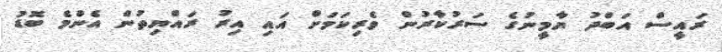
ރައީސް އަބްދު ޔާމީނުގެ ސަރުކާރުން ވެރިކަމަށް އައި އިރު ރައްޔިތުން އެންމެ ބޮޑު